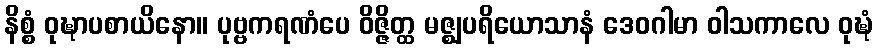
နိစ္စံ ဝုဍ္ဎာပစာယိနော။ ပုဗ္ဗကရဏံပေ ဝိဇ္ဇိတ္ထ မဇ္ဈပရိယောသာနံ ဒေဝဂါမာ ဝါသကာလေ ဝုဍ္ဎံ